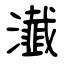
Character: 瀐